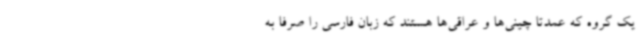
یک گروه که عمدتا چینی‌ها و عراقی‌ها هستند که زبان فارسی را صرفا به